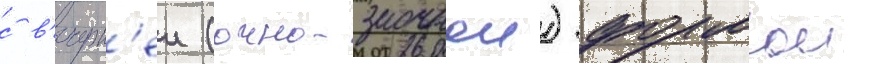
с в'ечерн'еи (очно-заочнои) формои